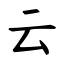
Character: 云